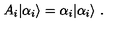
A _ { i } | { \alpha _ { i } } \rangle = \alpha _ { i } | { \alpha _ { i } } \rangle \ .